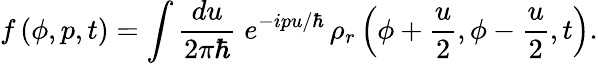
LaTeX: f\left(\phi,p,t\right)=\int\frac{du}{2\pi\hbar}\; e^{-ipu/\hbar}\, \rho_{r}\left(\phi+\frac{u}{2},\phi-\frac{u}{2},t\right)\mathrm{.}